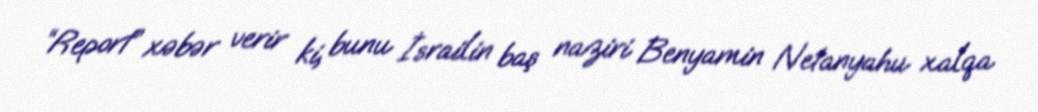
“Report” xəbər verir ki, bunu İsrailin baş naziri Benyamin Netanyahu xalqa